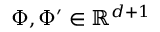
\Phi , \Phi ^ { \prime } \in \mathbb { R } ^ { d + 1 }